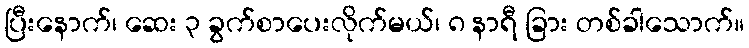
ပြီးနောက်၊ ဆေး ၃ ခွက်စာပေးလိုက်မယ်၊ ၈ နာရီ ခြား တစ်ခါသောက်။